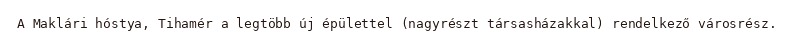
A Maklári hóstya, Tihamér a legtöbb új épülettel (nagyrészt társasházakkal) rendelkező városrész.